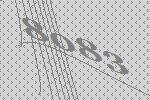
8083